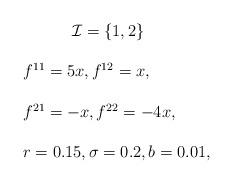
LaTeX: \begin{align*}\begin{array}{ll}\qquad\quad\mathcal{I}=\{1,2\}\\ \\f^{11}=5x,f^{12}=x,\\ \\f^{21}=-x,f^{22}=-4x,\\ \\r=0.15,\sigma=0.2, b=0.01,\end{array}\end{align*}